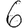
Digit: 6